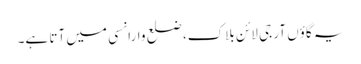
یہ گاؤں آر جی لائن بلاک، ضلع وارانسی میں آتا ہے۔